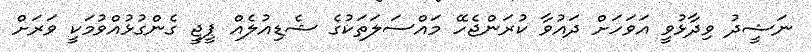
ނަޝީދު ވިދާޅުވީ އަވަހަށް ދައުވާ ކުރަންޖެހޭ މައްސަލަތަކުގެ ޝެޑިއުލެއް ޕީޖީ ގެންގުޅުއްވުމަކީ ވަރަށް